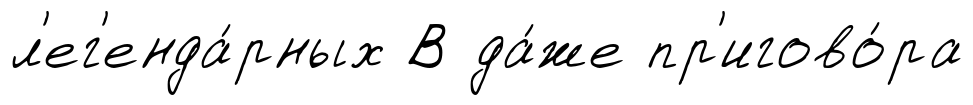
л'ег'енда́рных В да́же пр'игово́ра